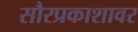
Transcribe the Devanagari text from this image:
सौरप्रकाशावर